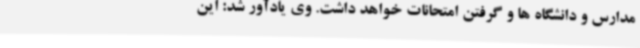
مدارس و دانشگاه ها و گرفتن امتحانات خواهد داشت. وی یادآور شد: این